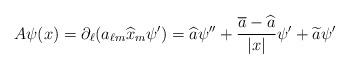
LaTeX: \begin{align*} A \psi(x)=\partial_{\ell}(a_{\ell m}\widehat{x}_{m}\psi') = \widehat{a}\psi''+ \frac{\overline{a}-\widehat{a}}{|x|} \psi' + \widetilde{a}\psi'\end{align*}